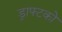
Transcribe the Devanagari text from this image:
ड्राफ्टको